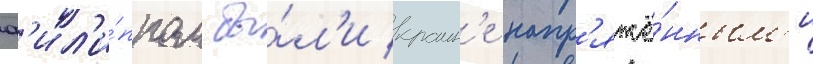
ф'ил'и́ппом бы́л'и краин'е напр'яжё́нным'и